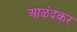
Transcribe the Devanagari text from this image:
आळंदकर